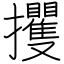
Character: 攫